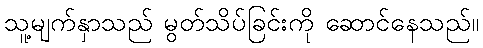
သူ့မျက်နှာသည် မွတ်သိပ်ခြင်းကို ဆောင်နေသည်။